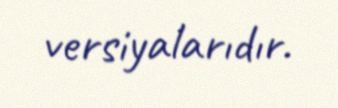
versiyalarıdır.